画像に写った文字を読んでください
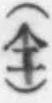
「(仝)」と書いてあります